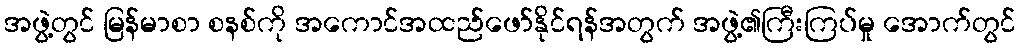
အဖွဲ့တွင် မြန်မာစာ စနစ်ကို အကောင်အထည်ဖော်နိုင်ရန်အတွက် အဖွဲ့၏ကြီးကြပ်မှု အောက်တွင်